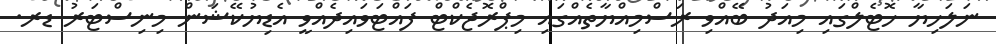
ނަލަހިޔާ ހޮޓެލްގައި މިއަދު ބޭއްވި ރަސްމިއްޔާތެއްގައި މިޕްރޮޖެކްޓް ފައްޓަވައިދެއްވީ އެޑިޔުކޭޝަން މިނިސްޓަރު ޑރ.